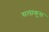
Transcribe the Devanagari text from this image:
सलाकुस